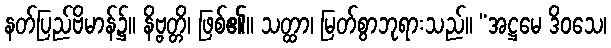
နတ်ပြည်ဗိမာန်၌။ နိဗ္ဗတ္တိ၊ ဖြစ်၏။ သတ္ထာ၊ မြတ်စွာဘုရားသည်။ “အဋ္ဌမေ ဒိဝသေ၊